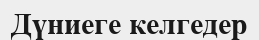
Дүниеге келгедер